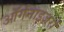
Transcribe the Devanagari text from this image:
ऑर्गनाइज़रों